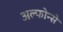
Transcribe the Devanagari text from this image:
अल्फोन्से